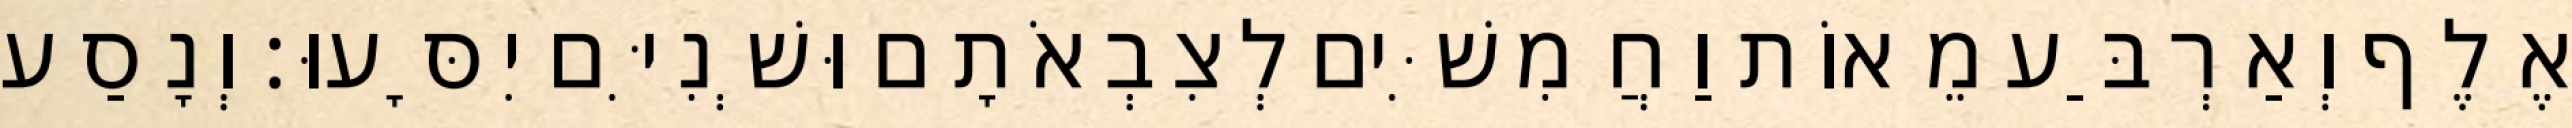
אֶלֶף וְאַרְבַּע מֵאוֹת וַחֲמִשִּׁים לְצִבְאֹתָם וּשְׁנִיִּם יִסָּעוּ׃ וְנָסַע